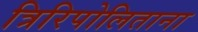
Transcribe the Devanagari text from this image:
त्रिरिपोलिताना